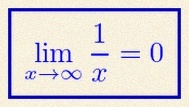
\lim_{x\to\infty}\frac{1}{x}=0